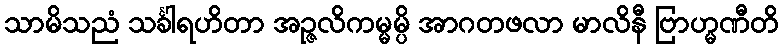
သာမိသညံ သင်္ခါရဟိတာ အဉ္ဇလိကမ္မမ္ပိ အာဂတဖလာ မာလိနီ ဗြာဟ္မဏီတိ